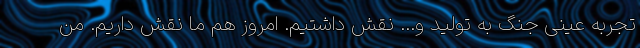
تجربه عینی جنگ به تولید و... نقش داشتیم. امروز هم ما نقش داریم. من